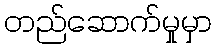
တည်ဆောက်မှုမှာ